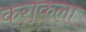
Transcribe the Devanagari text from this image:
कराकला